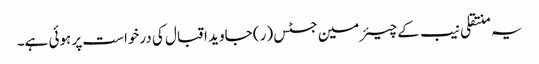
یہ منتقلی نیب کے چیئرمین جسٹس (ر) جاوید اقبال کی درخواست پر ہوئی ہے۔